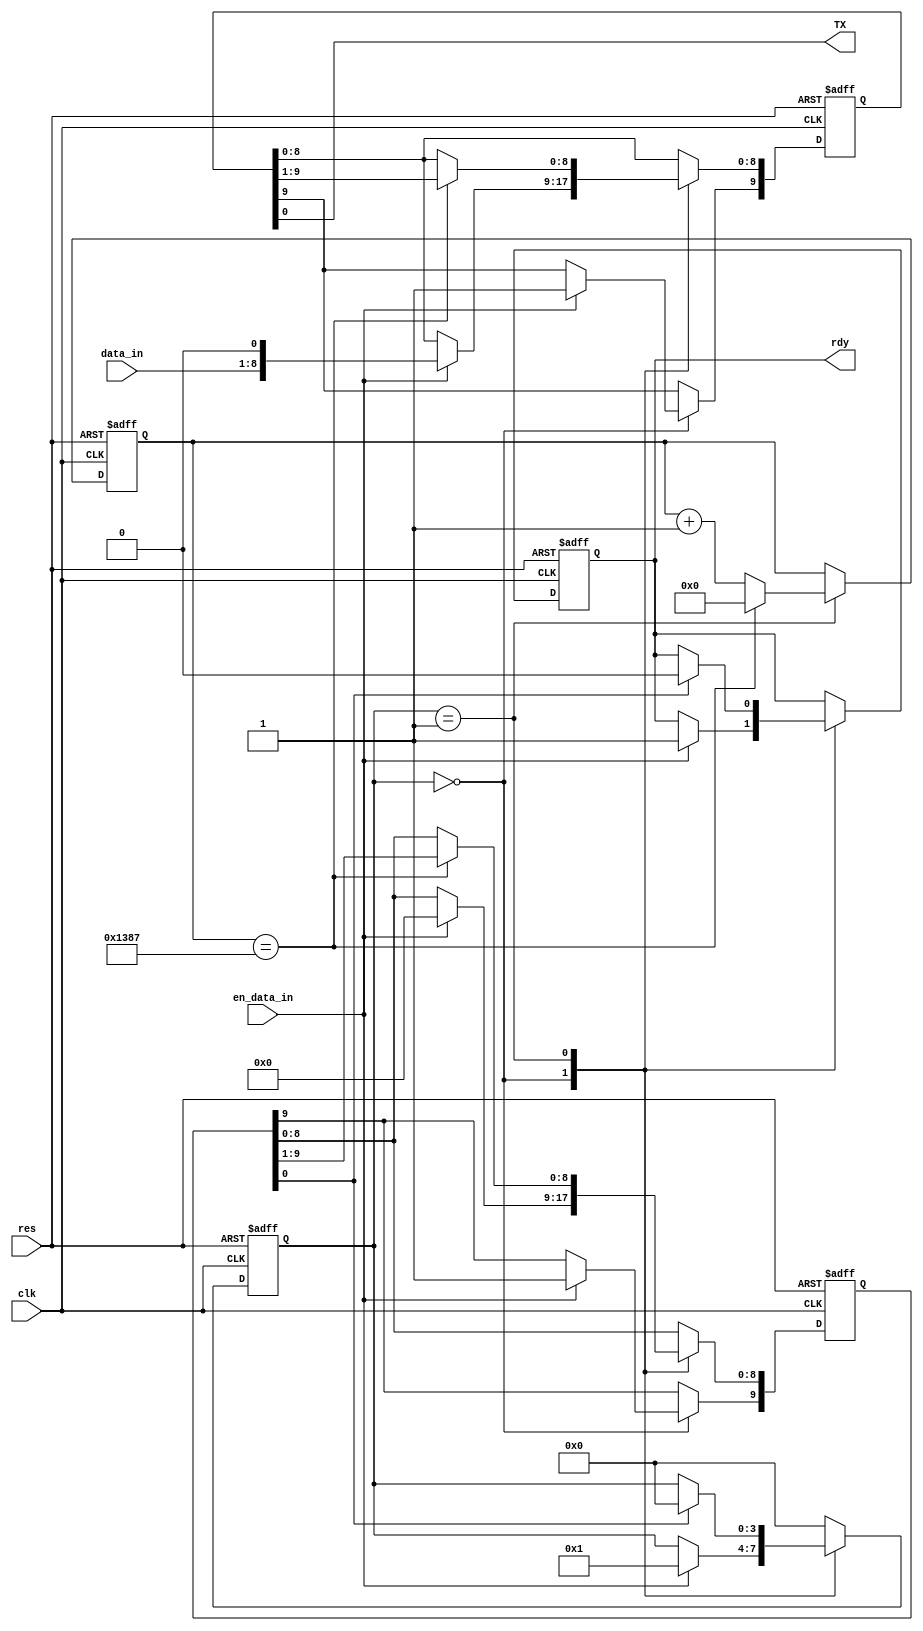
// UART - 24MHz4800
//        
`timescale 1ns/10ps
module UART_TX(
            clk,
            res,
            data_in,
            en_data_in,
            TX,
            rdy
);
input       clk;
input       res;
input[7:0]  data_in;                //
input       en_data_in;             //
output      TX;
output      rdy;                    //0

reg[3:0]    state;                  //
reg[9:0]    send_buffer;            //
assign      TX = send_buffer[0];    //TX
reg[12:0]   con;                    //
reg[9:0]    send_flg;               //
reg         rdy;                    //
always @(posedge clk or negedge res) begin
    if (~res)begin
        state <= 0; send_buffer <= 1; con <= 0; send_flg <= 10'b10_0000_0000; rdy = 0;
    end
    else begin
        case(state)
            0://
            begin
                if(en_data_in) begin
                    send_buffer <= {1'b1, data_in, 1'b0};  //{}
                    send_flg    <= 10'b10_0000_0000;
                    state       <= 1; 
                    rdy         <= 1;
                end
            end
            1://
            begin
                if(con == 4999)begin
                    con <= 0;
                end
                else begin
                    con <= con+1;
                end
                if (con == 4999) begin  //con==0
                //if (con == 0) begin   //con0
                    send_buffer[8:0] <= send_buffer[9:1];  
                    send_flg[8:0]    <= send_flg[9:1];
                end
                if(send_flg[0] == 1)begin
                    rdy   <= 0;
                    state <= 0;
                end
            end
            default:
            begin
                state <= 0;
            end
        endcase
    end
end
endmodule        
/*
module UART_TX_tb;
reg         clk, res, en_data_in;
reg[7:0]    data_in;
wire        TX, rdy;
UART_TX UART_TX(
            .clk(clk),
            .res(res),
            .data_in(data_in),
            .en_data_in(en_data_in),
            .TX(TX),
            .rdy(rdy)
);
initial begin
    clk <= 0; res <= 0; data_in <= 8'h53; en_data_in <= 0;
    #17       res <= 1;
    #30       en_data_in <= 1;
    #10       en_data_in <= 0;
    #550000   $stop;
end
always  #5 clk <= ~clk;

initial begin
    $dumpfile("UART_TX_tb.vcd");
    $dumpvars(clk, rdy, TX, en_data_in, data_in);
end
endmodule*/